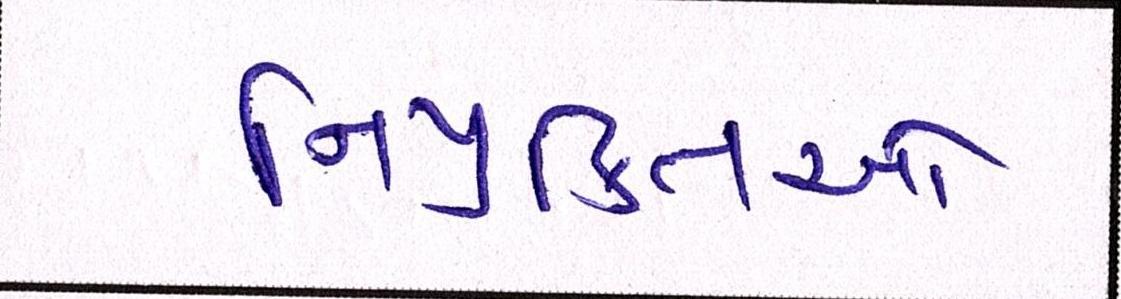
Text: નિયુક્તિઓ